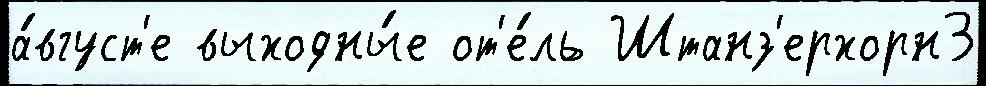
а́вгуст'е выходны́е от'е́ль Штанз'ерхорн3